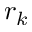
r _ { k }